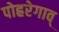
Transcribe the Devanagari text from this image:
पोह्ररेगाव्